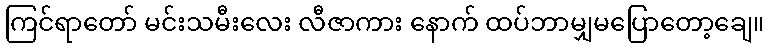
ကြင်ရာတော် မင်းသမီးလေး လီဇာကား နောက် ထပ်ဘာမျှမပြောတော့ချေ။